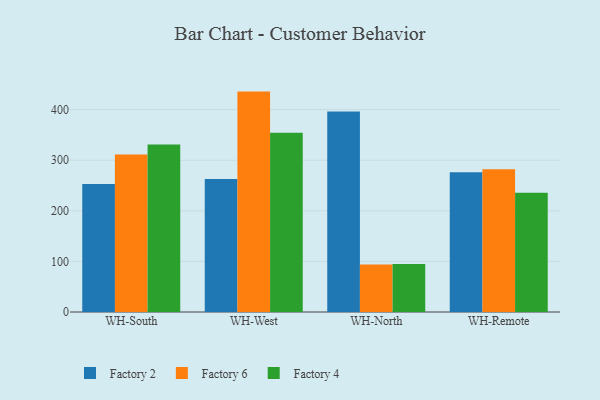
{"axis": {"x": "Warehouse", "y": "Shipments"}, "legend": ["Factory 2", "Factory 4", "Factory 6"], "data": [{"x": "WH-South", "y": 252.9, "type": "Factory 2"}, {"x": "WH-South", "y": 311.5, "type": "Factory 6"}, {"x": "WH-South", "y": 330.9, "type": "Factory 4"}, {"x": "WH-West", "y": 263.1, "type": "Factory 2"}, {"x": "WH-West", "y": 435.6, "type": "Factory 6"}, {"x": "WH-West", "y": 354.1, "type": "Factory 4"}, {"x": "WH-North", "y": 396.5, "type": "Factory 2"}, {"x": "WH-North", "y": 94.1, "type": "Factory 6"}, {"x": "WH-North", "y": 95.1, "type": "Factory 4"}, {"x": "WH-Remote", "y": 276.4, "type": "Factory 2"}, {"x": "WH-Remote", "y": 281.9, "type": "Factory 6"}, {"x": "WH-Remote", "y": 235.8, "type": "Factory 4"}]}